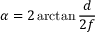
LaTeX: \alpha = 2 \arctan { \frac { d } { 2 f } }